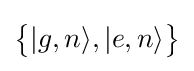
{\big \{}|g,n\rangle ,|e,n\rangle {\big \}}